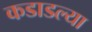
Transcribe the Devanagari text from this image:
कडाडल्या